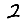
Digit: 2